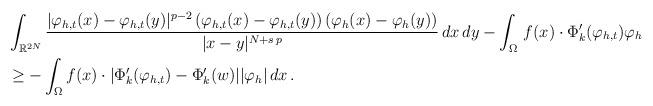
LaTeX: \begin{align*}&\int_{\mathbb{R}^{2N}} \frac{|\varphi_{h,t}(x) - \varphi_{h,t}(y)|^{p-2}\, (\varphi_{h,t}(x) - \varphi_{h,t}(y))\, (\varphi_h(x)-\varphi_h(y))}{|x - y|^{N+s\,p}}\, dx\, dy-\int_\Omega\,f(x)\cdot \Phi_{k}'(\varphi_{h,t})\varphi_h\\&\geq -\int_\Omega f(x)\cdot|\Phi_{k}'(\varphi_{h,t})-\Phi_{k}'(w)||\varphi_{h}|\,dx\,.\\ \end{align*}